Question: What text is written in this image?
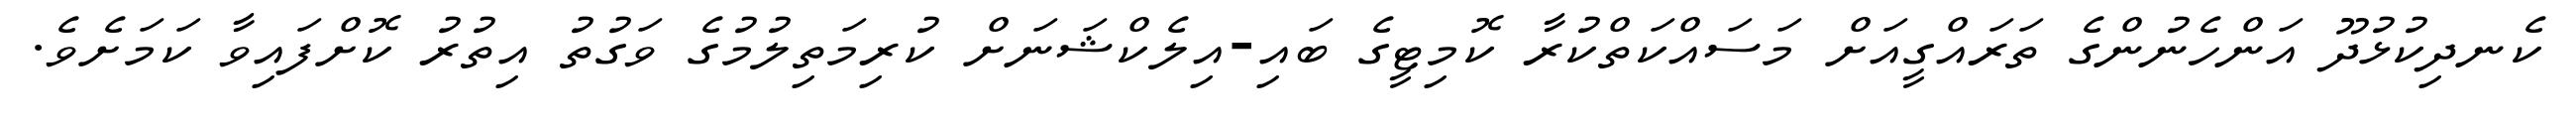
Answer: ކެނދިކުޅުދޫ އަންހެނުންގެ ތަރައްގީއަށް މަސައްކަތްކުރާ ކޮމިޓީގެ ބައި-އިލެކްޝަނަށް ކުރިމަތިލުމުގެ ވަގުތު އިތުރު ކޮށްފައިވާ ކަމަށެވެ.